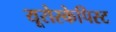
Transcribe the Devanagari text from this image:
यूरोस्केपिस्ट